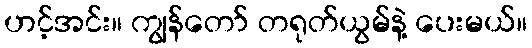
ဟင့်အင်း။ ကျွန်တော် တရုတ်ယွမ်နဲ့ ပေးမယ်။